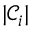
| \mathcal { C } _ { i } |